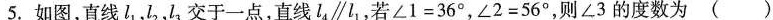
5.如图，直线l_{1}，l_{2}，l_{3}，交于一点，直线l4\parallel l1，若∠1=36°，∠2=56°，则∠3的度数为( )